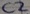
Text: C2